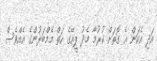
އަދި އެކަން އެ ގޮތަށް ކުރުމާ މެދު ޕީއޭގެ ހަތް މެމްބަރުންގެ އެއްވެސް